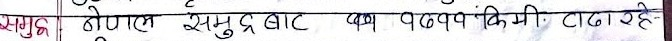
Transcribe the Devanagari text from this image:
समुद्र होटल समुद्रबाट कण पठाउन किमी टाढा रहे